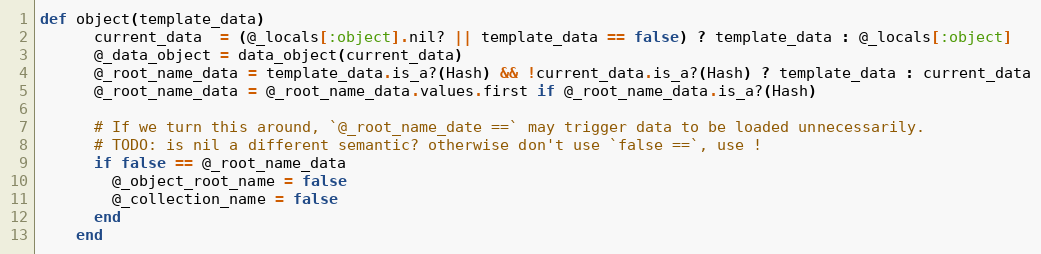
Language: Ruby
def object(template_data)
      current_data  = (@_locals[:object].nil? || template_data == false) ? template_data : @_locals[:object]
      @_data_object = data_object(current_data)
      @_root_name_data = template_data.is_a?(Hash) && !current_data.is_a?(Hash) ? template_data : current_data
      @_root_name_data = @_root_name_data.values.first if @_root_name_data.is_a?(Hash)

      # If we turn this around, `@_root_name_date ==` may trigger data to be loaded unnecessarily.
      # TODO: is nil a different semantic? otherwise don't use `false ==`, use !
      if false == @_root_name_data
        @_object_root_name = false
        @_collection_name = false
      end
    end